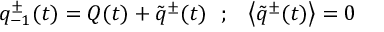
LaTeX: q _ { - 1 } ^ { \pm } ( t ) = Q ( t ) + \tilde { q } ^ { \pm } ( t ) ~ ~ ; ~ ~ \left< \tilde { q } ^ { \pm } ( t ) \right> = 0